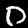
Label: 0